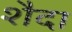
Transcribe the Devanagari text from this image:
शैदा